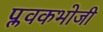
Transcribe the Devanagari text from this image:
प्लवकभोजी